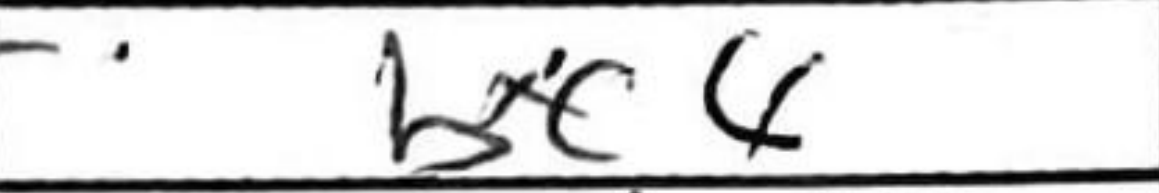
Transcription: bxc4